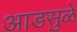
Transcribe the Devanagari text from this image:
आडसुळे